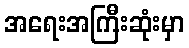
အရေးအကြီးဆုံးမှာ